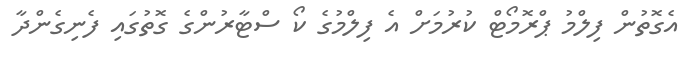
އެގޮތުން ފިލްމު ޕްރޮމޯޓް ކުރުމަށް އެ ފިލްމުގެ ކޯ ސްޓާރުންގެ ގޮތުގައި ފެނިގެންދާ